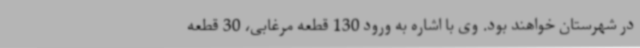
در شهرستان خواهند بود. وی با اشاره به ورود 130 قطعه مرغابی، 30 قطعه